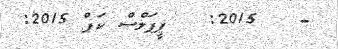
-   2015:   ޕީޕަލްސް ކަޕް 2015: